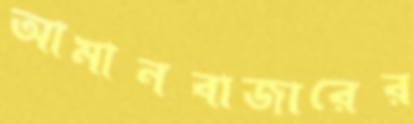
আমানবাজারের